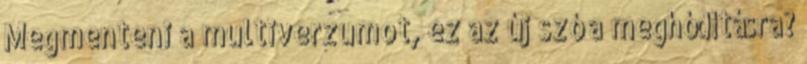
Megmenteni a multiverzumot, ez az új szó a meghódításra?